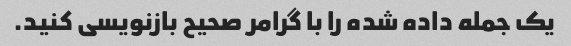
یک جمله داده شده را با گرامر صحیح بازنویسی کنید.